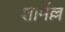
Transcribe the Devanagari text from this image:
शार्मेल्ल